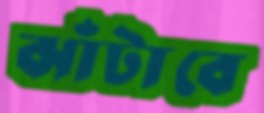
ঝাঁটাবে